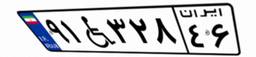
۹۱W۳۲۸۴۶